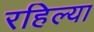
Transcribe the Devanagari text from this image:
रहिल्या